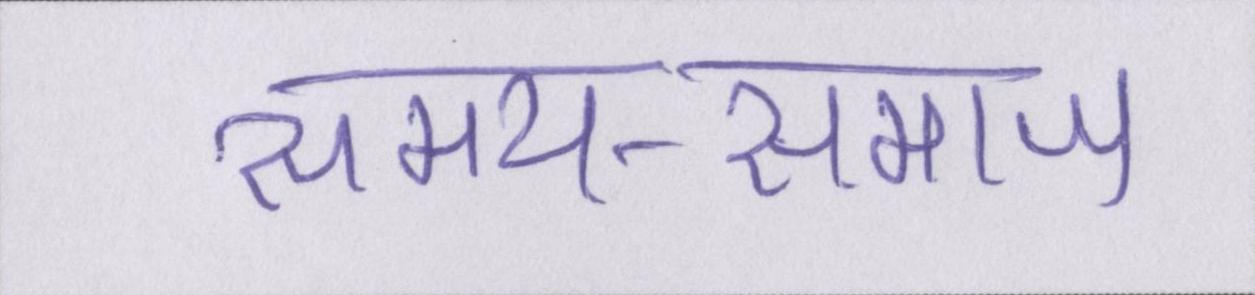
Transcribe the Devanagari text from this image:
समय-समाज